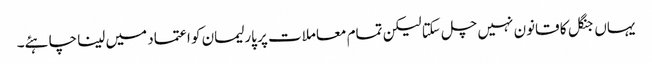
یہاں جنگل کا قانون نہیں چل سکتا لیکن تمام معاملات پر پارلیمان کو اعتماد میں لینا چاہئے۔